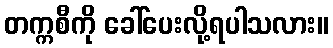
တက္ကစီကို ခေါ်ပေးလို့ရပါသလား။